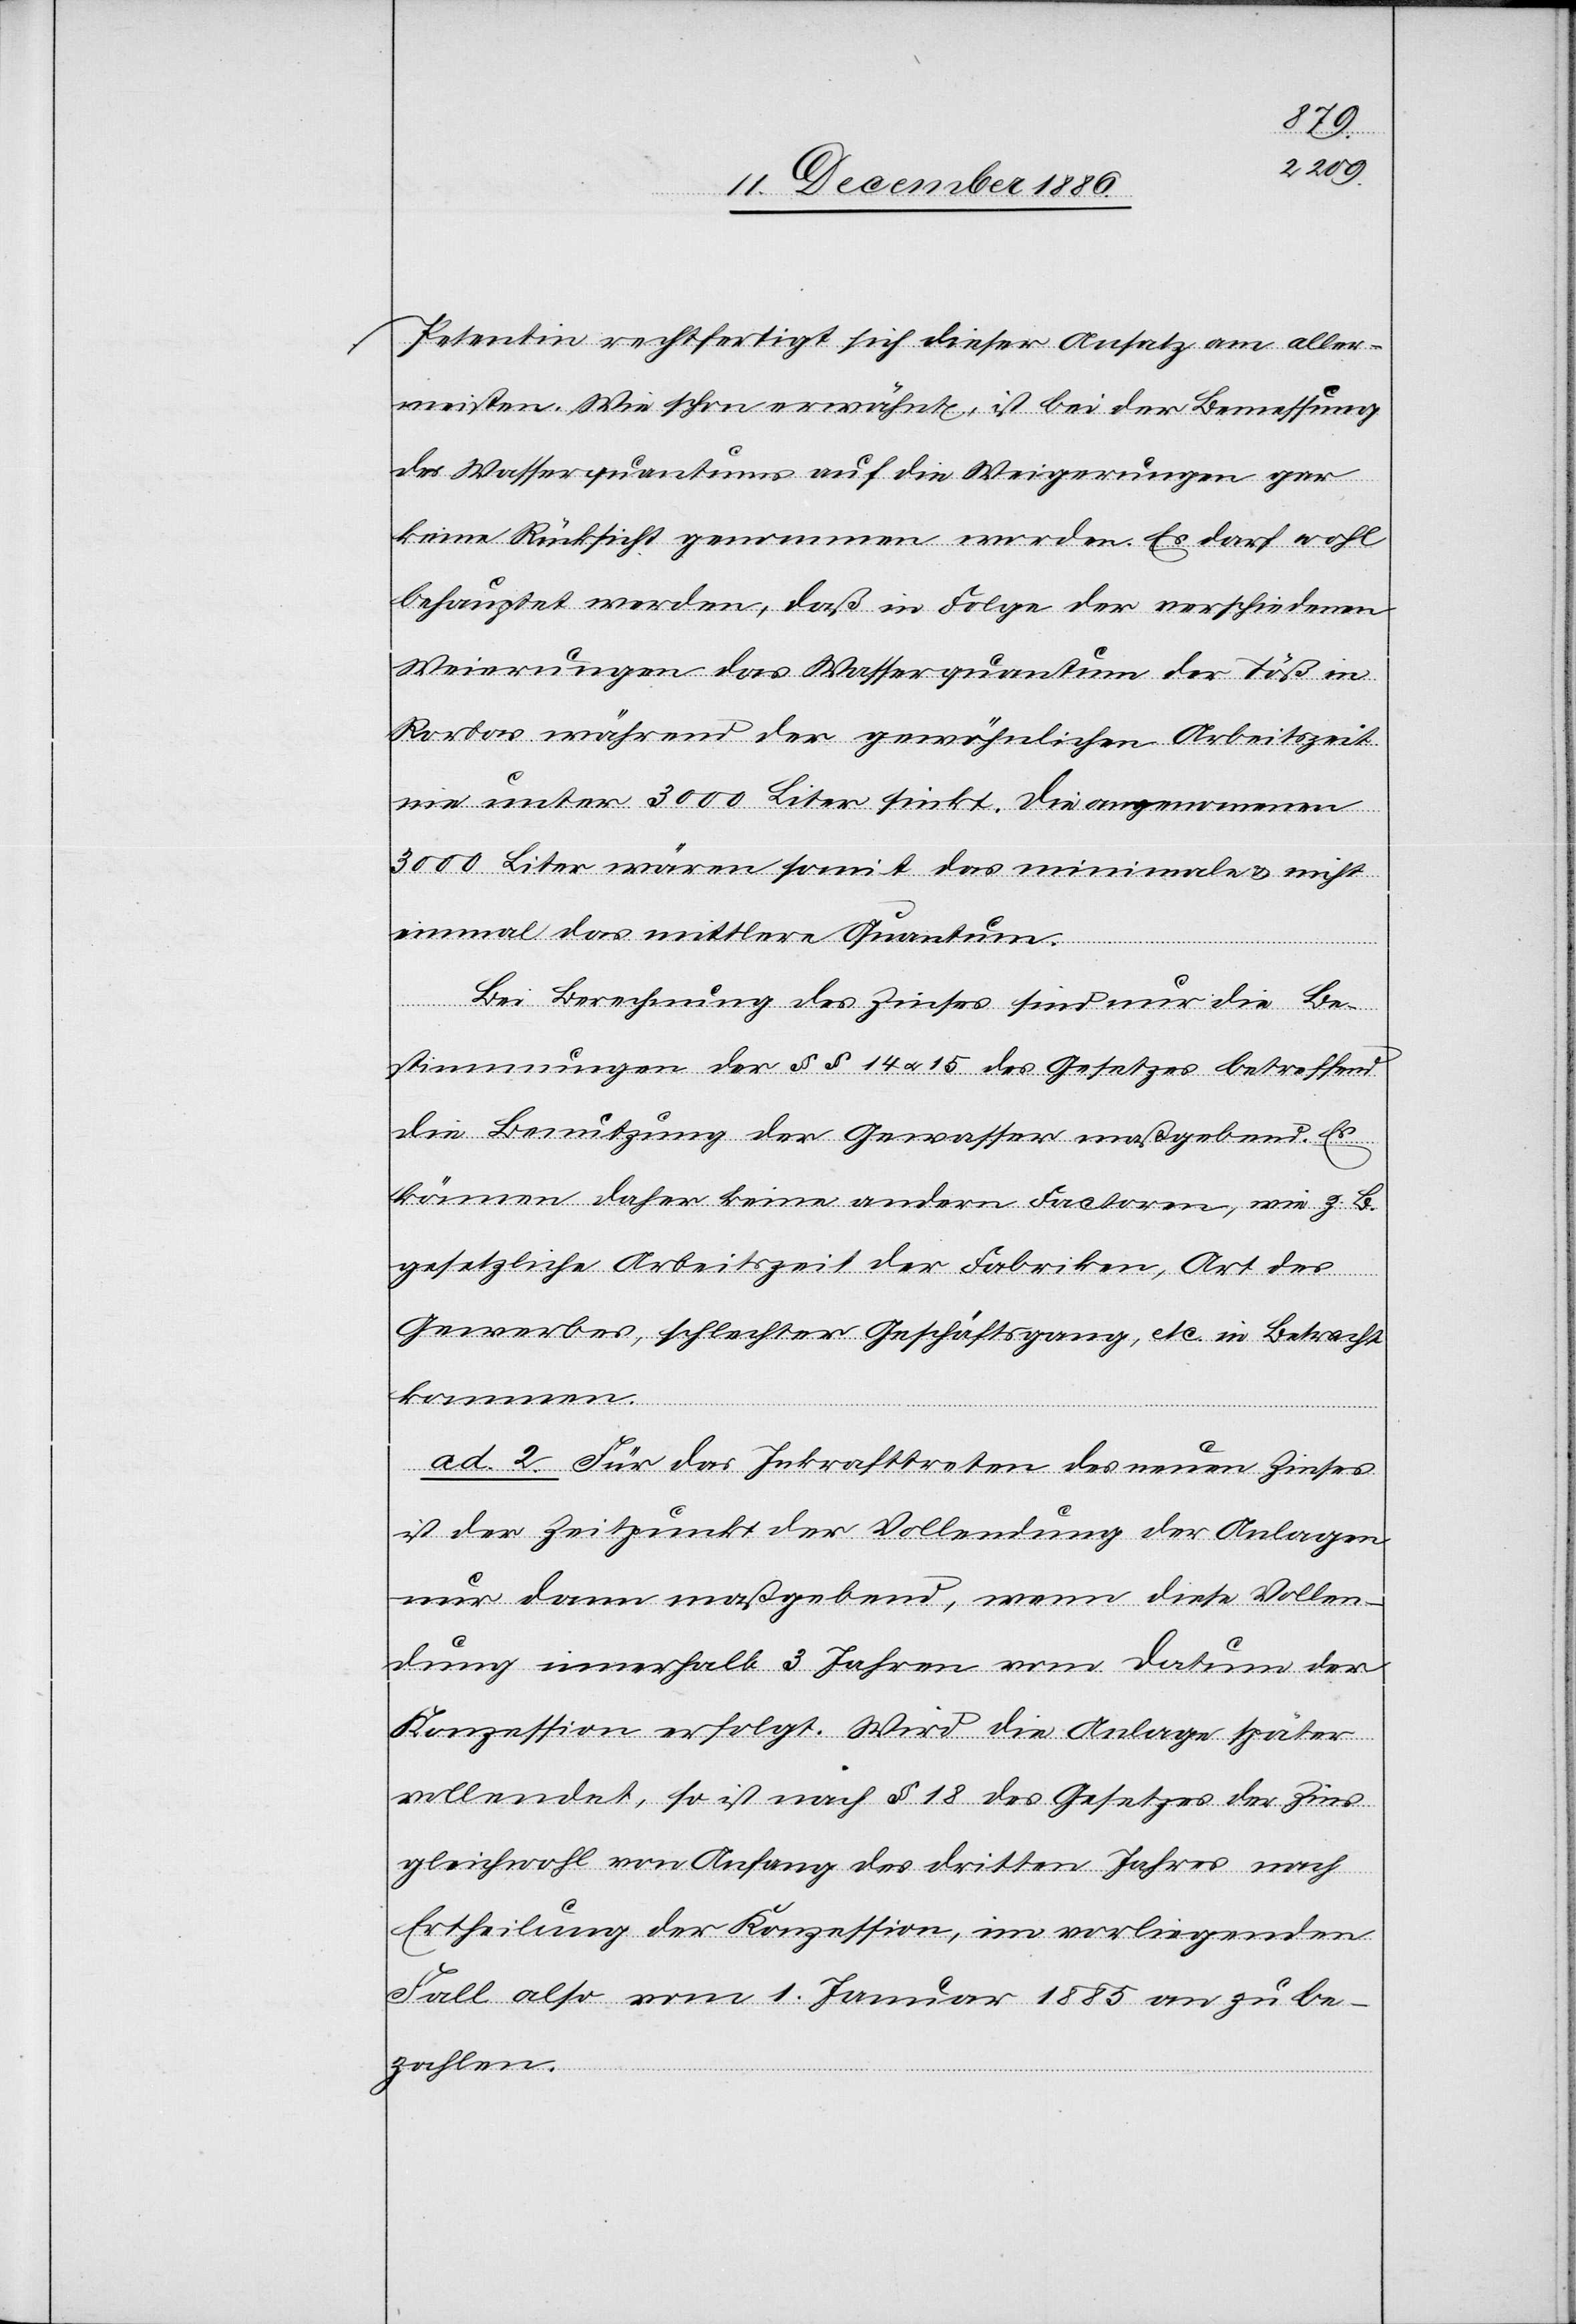
Petentin rechtfertigt sich dieser Ansatz am aller¬
meisten. Wie schon erwähnt, ist bei der Bemessung
des Wasserquantums auf die Weigerungen
keine Rücksicht genommen worden. Es darf wohl
behauptet worden, daß in Folge der verschiedenen
Weierungen das Wasserquantum der Töß in
Rorbas während der gewöhnlichen Arbeitszeit
nie unter 3000 Liter sinkt. Die angenommenen
3000 Liter wären somit das minimale & nicht
einmal das mittlere Quantum.
Bei Berechnung des Zinses sind nur die Be¬
stimmungen der §§ 14 & 15 des Gesetzes betreffend
die Benutzung der Gewasser [sic!] maßgebend. Es
können daher keine andern Factoren, wie z. B.
gesetzliche Arbeitszeit der Fabriken, Art des
Gewerbes, schlechter Geschäftsgang, etc. in Betracht
kommen.
ad. 2. Für das Inkrafttreten des neuen Zinses
ist der Zeitpunkt der Vollendung der Anlagen
nur dann maßgebend, wenn diese Vollen¬
dung innerhalb 3 Jahren vom Datum der
Konzession erfolgt. Wird die Anlage später
vollendet, so ist nach § 18 des Gesetzes der Zins
gleichwohl von Anfang des dritten Jahres nach
Ertheilung der Konzession, im vorliegenden
Fall also vom 1. Januar 1885 an zu be¬
zahlen.